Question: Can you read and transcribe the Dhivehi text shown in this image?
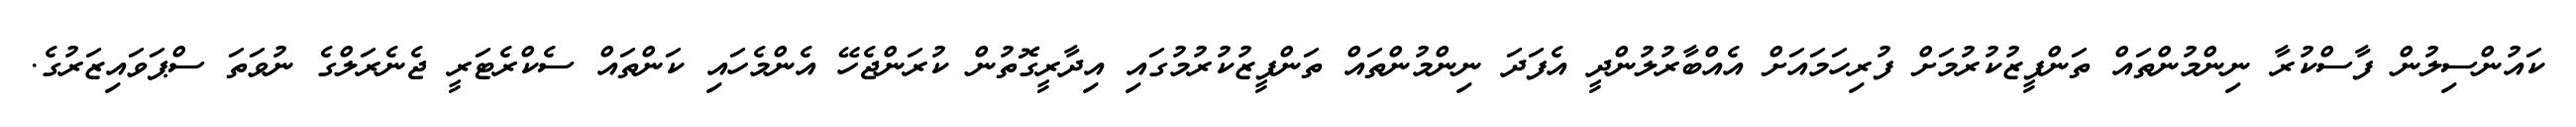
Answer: ކައުންސިލުން ފާސްކުރާ ނިންމުންތައް ތަންފީޒުކުރުމަށް ފުރިހަމައަށް އެއްބާރުލުންދީ އެފަދަ ނިންމުންތައް ތަންފީޒުކުރުމުގައި އިދާރީގޮތުން ކުރަންޖެހޭ އެންމެހައި ކަންތައް ސެކްރެޓަރީ ޖެނެރަލްގެ ނުވަތަ ސްޕަވައިޒަރުގެ.